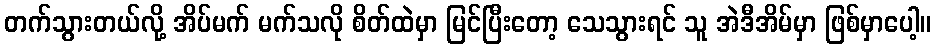
တက်သွားတယ်လို့ အိပ်မက် မက်သလို စိတ်ထဲမှာ မြင်ပြီးတော့ သေသွားရင် သူ အဲဒီအိမ်မှာ ဖြစ်မှာပေါ့။